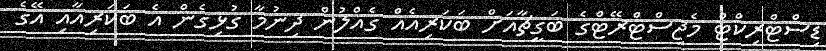
ޑިސްޓްރިކްޓް މެޖިސްޓްރޭޓްގެ ބަގީޗާއަށް ބަކަރިއެއް ގެއްލުން ދިނުމާ ގުޅިގެން އެ ބަކަރިއާއި އޭގެ